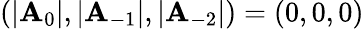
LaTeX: (|\mathbf{A}_{0}|,|\mathbf{A}_{-1}|,|\mathbf{A}_{-2}|)=(0,0,0)